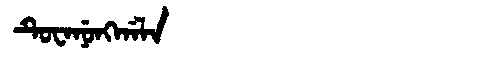
Manchu: ᡨᡠᠸᠠᠨᡠᠩᡤᠠᠯᠠ
Romanization: TUWANUNGGALA